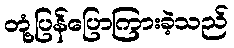
တုံ့ပြန်ပြောကြားခဲ့သည်